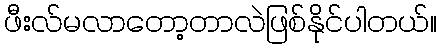
ဖီးလ်မလာတော့တာလဲဖြစ်နိုင်ပါတယ်။